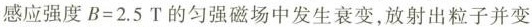
感应强度$$B = 2 . 5 T$$的匀强磁场中发生衰变，放射出粒子并变